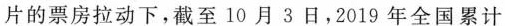
片的票房拉动下，截至10月3日，2019年全国累计